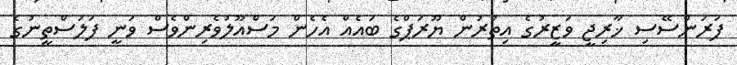
ފަރަންސޭސި ޚާރިޖީ ވަޒީރުގެ އިތުރުން ޔޫރަޕްގެ ބައެއް އެހެން މަސްއޫލުވެރިންވެސް ވަނީ ފަލަސްތީނުގެ